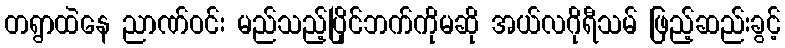
တရွာထဲနေ ညာဏ်ဝင်း မည်သည့်ပြိုင်ဘက်ကိုမဆို အယ်လဂိုရီသမ် ဖြည့်ဆည်းခွင့်